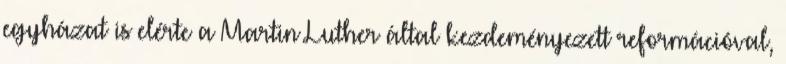
egyházat is elérte a Martin Luther által kezdeményezett reformációval,